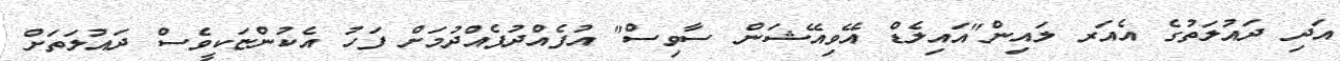
އަދި ދައުލަތުގެ އެއަރ ލައިން"އައިލެޑް އޭވިއޭޝަން ސާވިސް" އުފެއްދުފެއްދުމަށް ފަހު އެކުންޏަކީވެސް ދައުލަތަށް